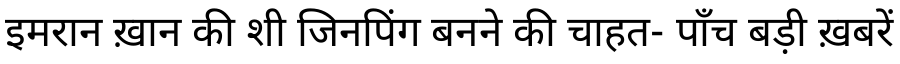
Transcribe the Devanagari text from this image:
इमरान ख़ान की शी जिनपिंग बनने की चाहत- पाँच बड़ी ख़बरें